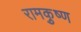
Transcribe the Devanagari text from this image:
रामकृुष्ण